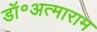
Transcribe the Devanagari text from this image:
डॉ॰अत्माराम